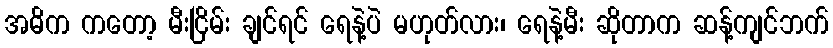
အဓိက ကတော့ မီးငြိမ်း ချင်ရင် ရေနဲ့ပဲ မဟုတ်လား၊ ရေနဲ့မီး ဆိုတာက ဆန့်ကျင်ဘက်